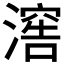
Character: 𣽸